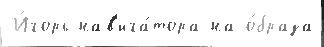
И́горь нав'ига́тора на о́браза